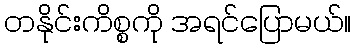
တနိုင်းကိစ္စကို အရင်ပြောမယ်။